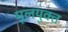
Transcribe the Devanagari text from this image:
मूलयुक्त